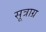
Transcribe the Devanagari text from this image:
सूत्राग्र